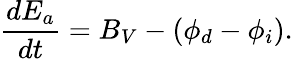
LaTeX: \frac{dE_{a}}{dt}=B_{V}-\left(\phi_{d}-\phi_{i}\right).